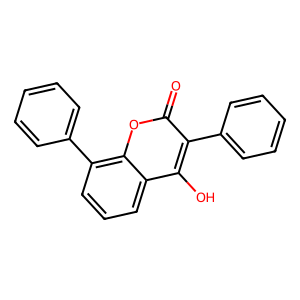
SMILES: O=c1oc2c(-c3ccccc3)cccc2c(O)c1-c1ccccc1
Inhibits HIV replication: No